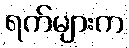
ရက်များက